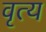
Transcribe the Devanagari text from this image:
वृत्य